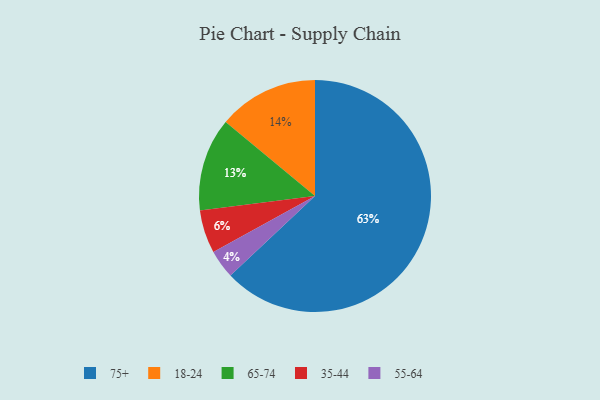
{"axis": {"x": "Category", "y": "Percentage"}, "legend": ["18-24", "35-44", "55-64", "65-74", "75+"], "data": [{"x": "75+", "y": 63, "type": "75+"}, {"x": "35-44", "y": 6, "type": "35-44"}, {"x": "18-24", "y": 14, "type": "18-24"}, {"x": "65-74", "y": 13, "type": "65-74"}, {"x": "55-64", "y": 4, "type": "55-64"}]}